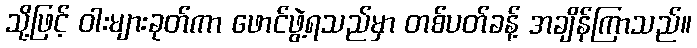
သို့ဖြင့် ဝါးများခုတ်ကာ ဖောင်ဖွဲ့ရသည်မှာ တစ်ပတ်ခန့် အချိန်ကြာသည်။